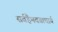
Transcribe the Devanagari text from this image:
सर्वहैमवताचार्य